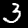
Label: 3